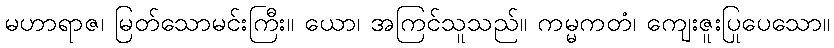
မဟာရာဇ၊ မြတ်သောမင်းကြီး။ ယော၊ အကြင်သူသည်။ ကမ္မကတံ၊ ကျေးဇူးပြုပေသော။